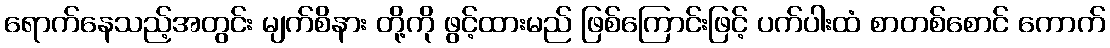
ရောက်နေသည့်အတွင်း မျက်စိနား တို့ကို ဖွင့်ထားမည် ဖြစ်ကြောင်းဖြင့် ပက်ပါးထံ စာတစ်စောင် ကောက်